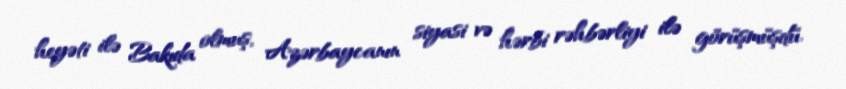
heyəti ilə Bakıda olmuş, Azərbaycanın siyasi və hərbi rəhbərliyi ilə görüşmüşdü.